Vaccination in Burma 1900-1911 - 1900-1911
Year: 1900
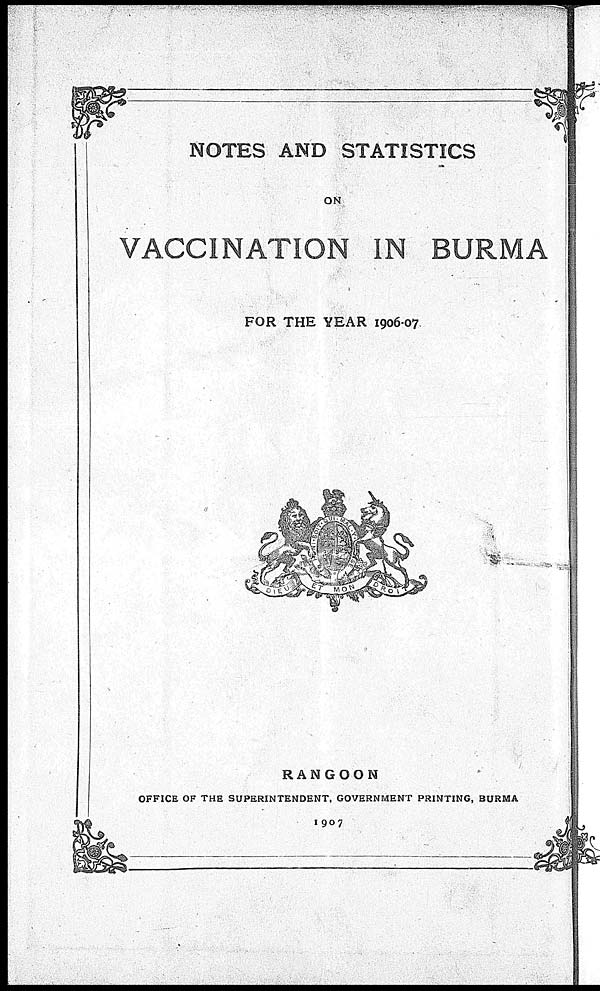
NOTES AND STATISTICS
ON
VACCINATION IN BURMA
FOR THE YEAR 1906-07.
RANGOON
OFFICE OF THE SUPERINTENDENT, GOVERNMENT PRINTING, BURMA
1907